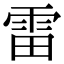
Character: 雷